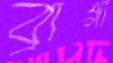
ব্রাগা